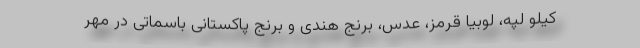
کیلو لپه، لوبیا قرمز، عدس، برنج هندی و برنج پاکستانی باسماتی در مهر